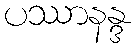
ပဿာနန္ဒ